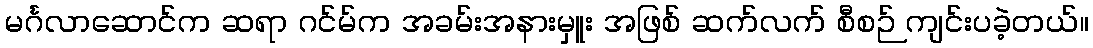
မင်္ဂလာဆောင်က ဆရာ ဂင်မ်က အခမ်းအနားမှူး အဖြစ် ဆက်လက် စီစဉ် ကျင်းပခဲ့တယ်။